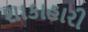
શાકાહારી